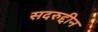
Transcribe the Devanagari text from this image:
सदरुद्दीन